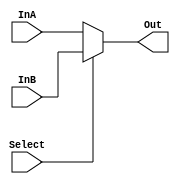

module mux2 #(parameter n = 16) (Out, InA, InB, Select);
	input 	[n-1:0]	InA, InB;
	input			Select;
	output 	[n-1:0]	Out;
	
	assign Out = Select ? InB : InA;
	
endmodule